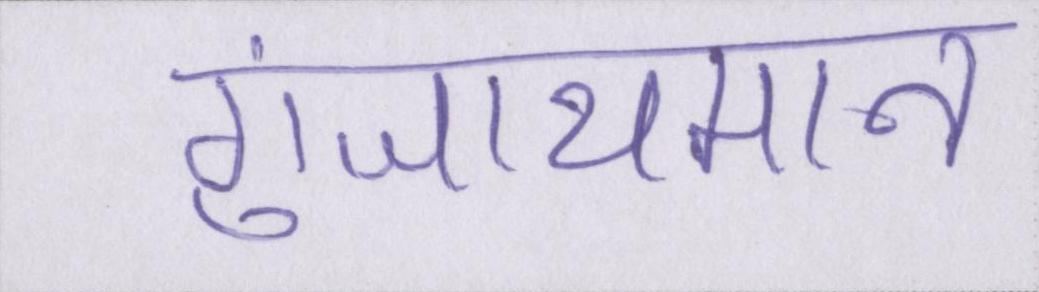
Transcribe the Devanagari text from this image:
गुंजायमान